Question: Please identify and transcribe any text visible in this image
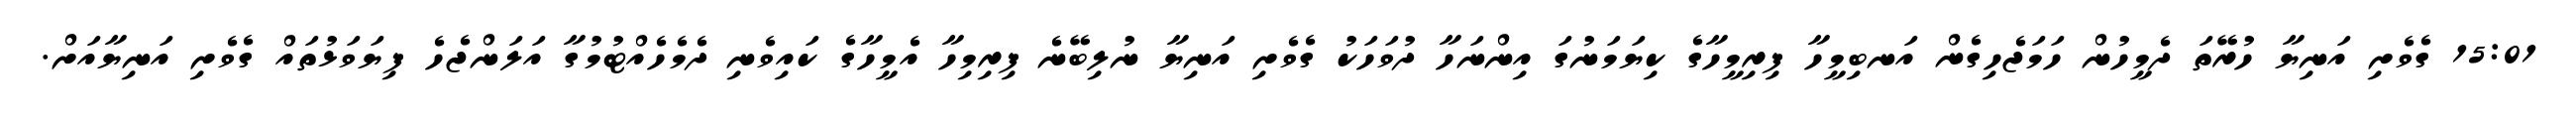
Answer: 15:01 ގެވެށި އަނިޔާ ހުރޭތަ ދެމީހުން ހަމަޖެހިގެން އަނބިމީހާ ފިރިމީހާގެ ކިޔަމަނުގަ އިންނަހާ ދުވަހަކު ގެވެށި އަނިޔާ ނުލިބޭނެ ފިރިމިހާ އެމީހާގެ ކައިވެނި ދެމެހެއްޓުމުގާ އަލަންޖެހެ ފިޔަވަޅުތައް ގެވެށި އަނިޔާއަށް.